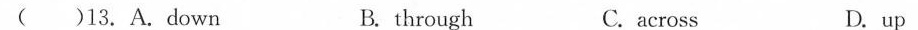
( )13. A.Down B. through C. across D. up